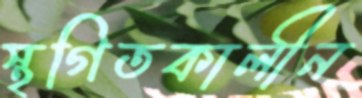
স্থগিতকালীন